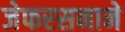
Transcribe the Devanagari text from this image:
जेफरसनाने